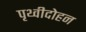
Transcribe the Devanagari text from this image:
पृथ्वीदोहन